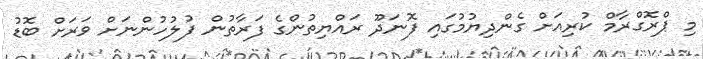
މި ޕްރޮގްރާމް ކުރިއަށް ގެންދިޔުމުގައި ފޮނަދޫ ރައްޔިތުންގެ ފަރާތުން ފުލުހުންނަށް ވަރަށް ބޮޑު